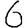
Digit: 6